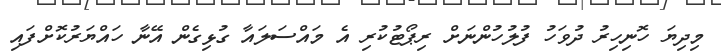
މިދިޔަ ހޮނިހިރު ދުވަހު ފުލުހުންނަށް ރިޕޯޓުކުރި އެ މައްސަލައާ ގުޅިގެން އޭނާ ހައްޔަރުކޮށްފައި